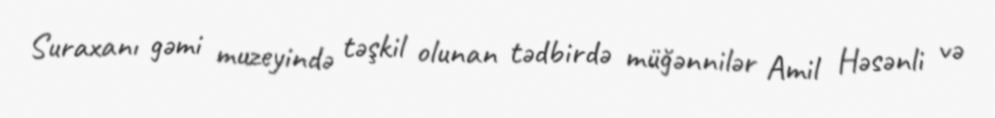
Suraxanı gəmi muzeyində təşkil olunan tədbirdə müğənnilər Amil Həsənli və